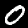
Label: 0